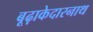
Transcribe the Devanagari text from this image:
बूढ़ाकेदारनाथ